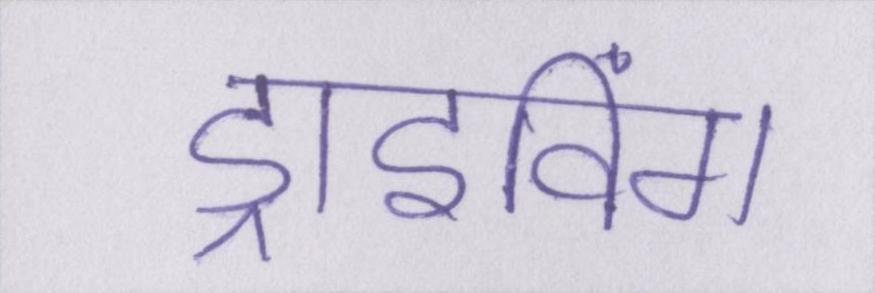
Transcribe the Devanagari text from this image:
ड्राइविंग